Annual administration report of the Civil Veterinary Department of India - 1905-1906
Year: 1905
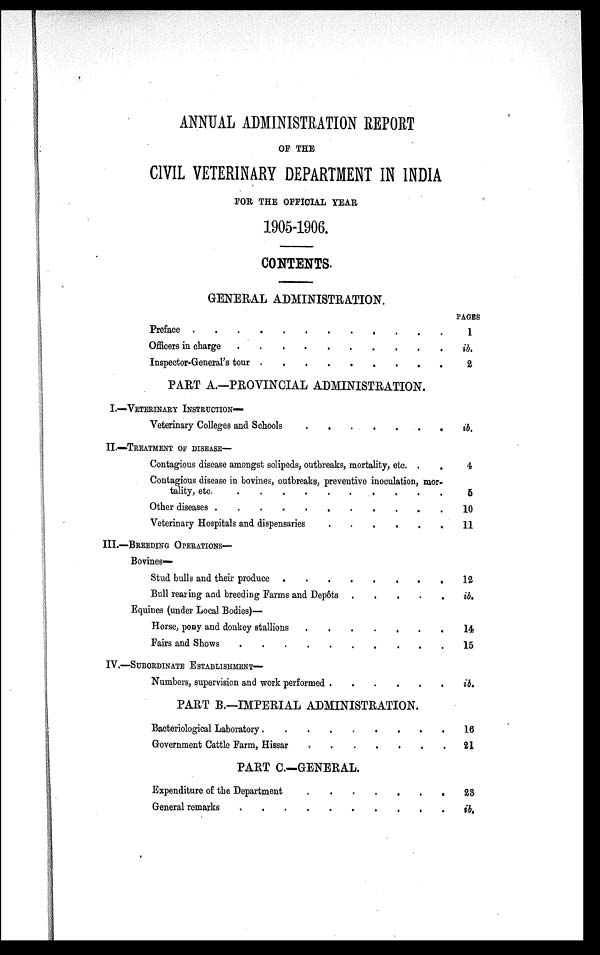
ANNUAL ADMINISTRATION REPORT
OF THE
CIVIL VETERINARY DEPARTMENT IN INDIA
FOR THE OFFICIAL YEAR
1905-1906.
CONTENTS.
GENERAL ADMINISTRATION.
Preface . . . . . . . . . . . .
Officers in charge . . . . . . . . . .
Inspector-General's tour . . . . . . . . . .
PART A.—PROVINCIAL ADMINISTRATION.
I .—VETERINARY INSTRUCTION—
Veterinary Colleges and Schools . . . . . . . . . .
II.—TREATMENT OF DISEASE—
Contagious disease amongst solipeds, outbreaks, mortality, etc. . .
Contagious disease in bovines, outbreaks, preventive inoculation, mor-
tality, etc. . . . . . . . . . .
Other diseases . . . . . . . . . .
Veterinary Hospitals and dispensaries
III.—BREEDING OPERATIONS—
Bovines—
Stud bulls and their produce . . . . . . . . . .
Bull rearing and breeding Farms and Depots
Equines (under Local Bodies)—
Horse, pony and donkey stallions . . . . . . . . . .
Fairs and Shows . . . . . . . . . .
IV.—SUBORDINATE ESTABLISHMENT—
Numbers, supervision and work performed
PART B.—IMPERIAL ADMINISTRATION.
Bacteriological Laboratory . . . . . . . . . .
Government Cattle Farm, Hissar . . . . . . . . . .
PART C.—GENERAL.
Expenditure of the Department
.
.
.
.
.
.
.
General remarks . . . . . . . . . .
PAGES
1
ib.
2
ib.
4
5
10
11
12
ib.
14
15
ib.
16
21
23
ib.